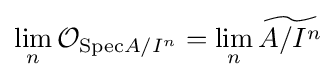
\lim _{n}{\mathcal {O}}_{{\text{Spec}}A/I^{n}}=\lim _{n}{\widetilde {A/I^{n}}}